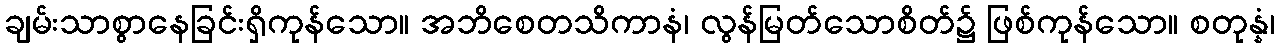
ချမ်းသာစွာနေခြင်းရှိကုန်သော။ အဘိစေတသိကာနံ၊ လွန်မြတ်သောစိတ်၌ ဖြစ်ကုန်သော။ စတုန္နံ၊